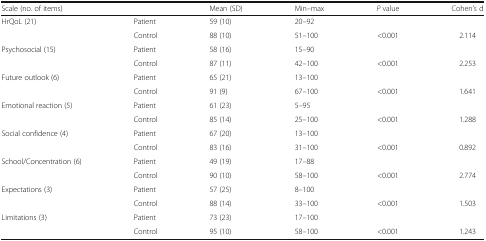
<table><thead><tr><td><b>Scale (no. of items)</b></td><td></td><td><b>Mean (SD)</b></td><td><b>Min–max</b></td><td><b><i>P</i> value</b></td><td><b>Cohen’s d</b></td></tr></thead><tbody><tr><td rowspan="2">HrQoL (21)</td><td>Patient</td><td>59 (10)</td><td>20–92</td><td></td><td></td></tr><tr><td>Control</td><td>88 (10)</td><td>51–100</td><td>&lt;0.001</td><td>2.114</td></tr><tr><td rowspan="2">Psychosocial (15)</td><td>Patient</td><td>58 (16)</td><td>15–90</td><td></td><td></td></tr><tr><td>Control</td><td>87 (11)</td><td>42–100</td><td>&lt;0.001</td><td>2.253</td></tr><tr><td rowspan="2">Future outlook (6)</td><td>Patient</td><td>65 (21)</td><td>13–100</td><td></td><td></td></tr><tr><td>Control</td><td>91 (9)</td><td>67–100</td><td>&lt;0.001</td><td>1.641</td></tr><tr><td rowspan="2">Emotional reaction (5)</td><td>Patient</td><td>61 (23)</td><td>5–95</td><td></td><td></td></tr><tr><td>Control</td><td>85 (14)</td><td>25–100</td><td>&lt;0.001</td><td>1.288</td></tr><tr><td rowspan="2">Social confidence (4)</td><td>Patient</td><td>67 (20)</td><td>13–100</td><td></td><td></td></tr><tr><td>Control</td><td>83 (16)</td><td>31–100</td><td>&lt;0.001</td><td>0.892</td></tr><tr><td rowspan="2">School/Concentration (6)</td><td>Patient</td><td>49 (19)</td><td>17–88</td><td></td><td></td></tr><tr><td>Control</td><td>90 (10)</td><td>58–100</td><td>&lt;0.001</td><td>2.774</td></tr><tr><td rowspan="2">Expectations (3)</td><td>Patient</td><td>57 (25)</td><td>8–100</td><td></td><td></td></tr><tr><td>Control</td><td>88 (14)</td><td>33–100</td><td>&lt;0.001</td><td>1.503</td></tr><tr><td rowspan="2">Limitations (3)</td><td>Patient</td><td>73 (23)</td><td>17–100</td><td></td><td></td></tr><tr><td>Control</td><td>95 (10)</td><td>58–100</td><td>&lt;0.001</td><td>1.243</td></tr></tbody></table>